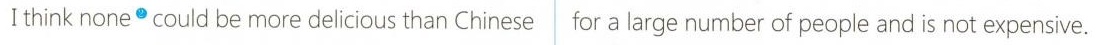
I think none could be more delicious than Chinese for a large number of people and is not expensive.